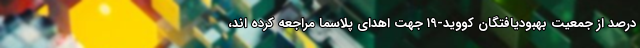
درصد از جمعیت بهبودیافتگان کووید-۱۹ جهت اهدای پلاسما مراجعه کرده اند،